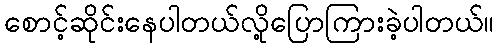
စောင့်ဆိုင်းနေပါတယ်လို့ပြောကြားခဲ့ပါတယ်။